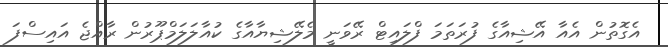
އެގޮތުން އެއާ އޭޝިއާގެ ފުރަތަމަ ފްލައިޓް ރޭވަނީ މެލޭޝިޔާއާގެ ކުއާލަލަމްޕޫރުން ރާއްޖެ އައިސްފަ